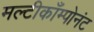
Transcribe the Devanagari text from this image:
मल्टीकाँम्पोनंट